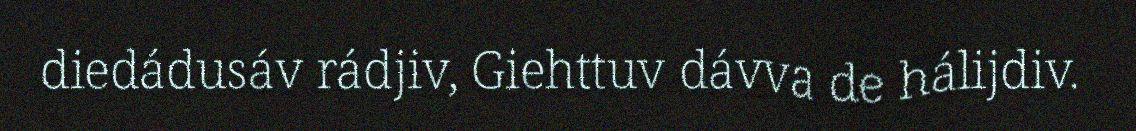
diedádusáv rádjiv, Giehttuv dávva de hálijdiv.